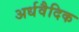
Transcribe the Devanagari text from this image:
अर्धवैदिक